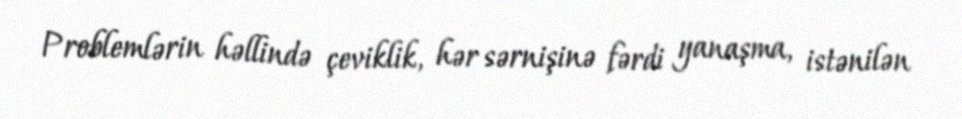
Problemlərin həllində çeviklik, hər sərnişinə fərdi yanaşma, istənilən